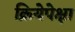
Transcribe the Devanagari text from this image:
क्रियेपेक्षा